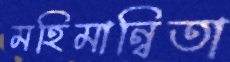
মহিমান্বিতা